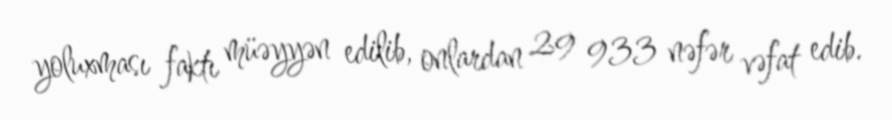
yoluxması faktı müəyyən edilib, onlardan 29 933 nəfər vəfat edib.